Vaccination in the Punjab 1867-1880 - 1867-1880
Year: 1867
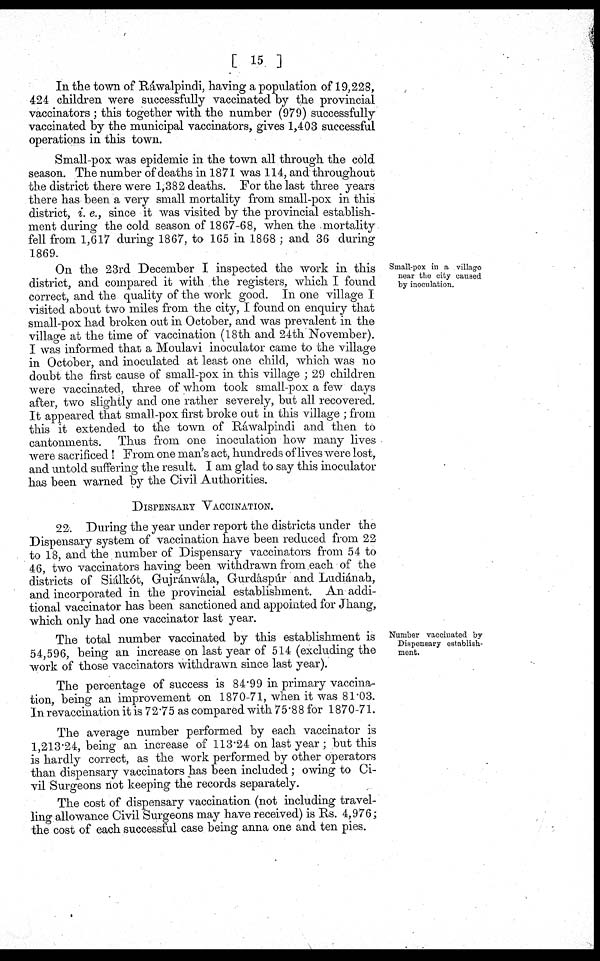
[ 15 ]
In the town of Ráwalpindi, having a population of 19,228,
424 children were successfully vaccinated by the provincial
vaccinators ; this together with the number (979) successfully
vaccinated by the municipal vaccinators, gives 1,403 successful
operations in this town.
Small-pox was epidemic in the town all through the cold
season. The number of deaths in 1871 was 114, and throughout
the district there were 1,382 deaths. For the last three years
there has been a very small mortality from small-pox in this
district, i.e., since it was visited by the provincial establish¬
ment during the cold season of 1867-68, when the mortality
fell from 1,617 during 1867, to 165 in 1868 ; and 36 during
1869.
Small-pox in a village
near the city caused
by inoculation.
On the 23rd December I inspected the work in this
district, and compared it with the registers, which I found
correct, and the quality of the work good. In one village I
visited about two miles from the city, I found on enquiry that
small-pox had broken out in October, and was prevalent in the
village at the time of vaccination (18th and 24th November).
I was informed that a Moulavi inoculator came to the village
in October, and inoculated at least one child, which was no
doubt the first cause of small-pox in this village ; 29 children
were vaccinated, three of whom took small-pox a few days
after, two slightly and one rather severely, but all recovered.
It appeared that small-pox first broke out in this village ; from
this it extended to the town of Ráwalpindi and then to
cantonments. Thus from one inoculation how many lives
were sacrificed ! From one man's act, hundreds of lives were lost,
and untold suffering the result. I am glad to say this inoculator
has been warned by the Civil Authorities.
DISPENSARY VACCINATION.
22. During the year under report the districts under the
Dispensary system of vaccination have been reduced from 22
to 18, and the number of Dispensary vaccinators from 54 to
46, two vaccinators having been withdrawn from each of the
districts of Siálkót, Gujránwála, Gurdáspúr and Ludiánah,
and incorporated in the provincial establishment. An addi¬
tional vaccinator has been sanctioned and appointed for Jhang,
which only had one vaccinator last year.
Number vaccinated by
Dispensary establish-
ment.
The total number vaccinated by this establishment is
54,596, being an increase on last year of 514 (excluding the
work of those vaccinators withdrawn since last year).
The percentage of success is 84.99 in primary vaccina¬
tion, being an improvement on 1870-71, when it was 81.03.
In revaccination it is 72.75 as compared with 75.88 for 1870-71.
The average number performed by each vaccinator is
1,213.24, being an increase of 113.24 on last year ; but this
is hardly correct, as the work performed by other operators
than dispensary vaccinators has been included ; owing to Ci-
vil Surgeons not keeping the records separately.
The cost of dispensary vaccination (not including travel-
ling allowance Civil Surgeons may have received) is Rs.4,976;
the cost of each successful case being anna one and ten pies.